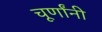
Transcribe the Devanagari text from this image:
चूर्णांनी